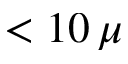
< 1 0 \, \mu